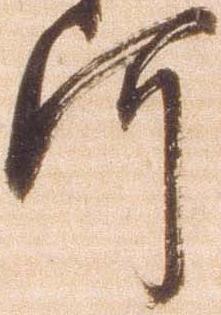
河